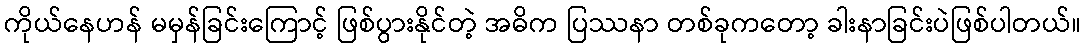
ကိုယ်နေဟန် မမှန်ခြင်းကြောင့် ဖြစ်ပွားနိုင်တဲ့ အဓိက ပြဿနာ တစ်ခုကတော့ ခါးနာခြင်းပဲဖြစ်ပါတယ်။